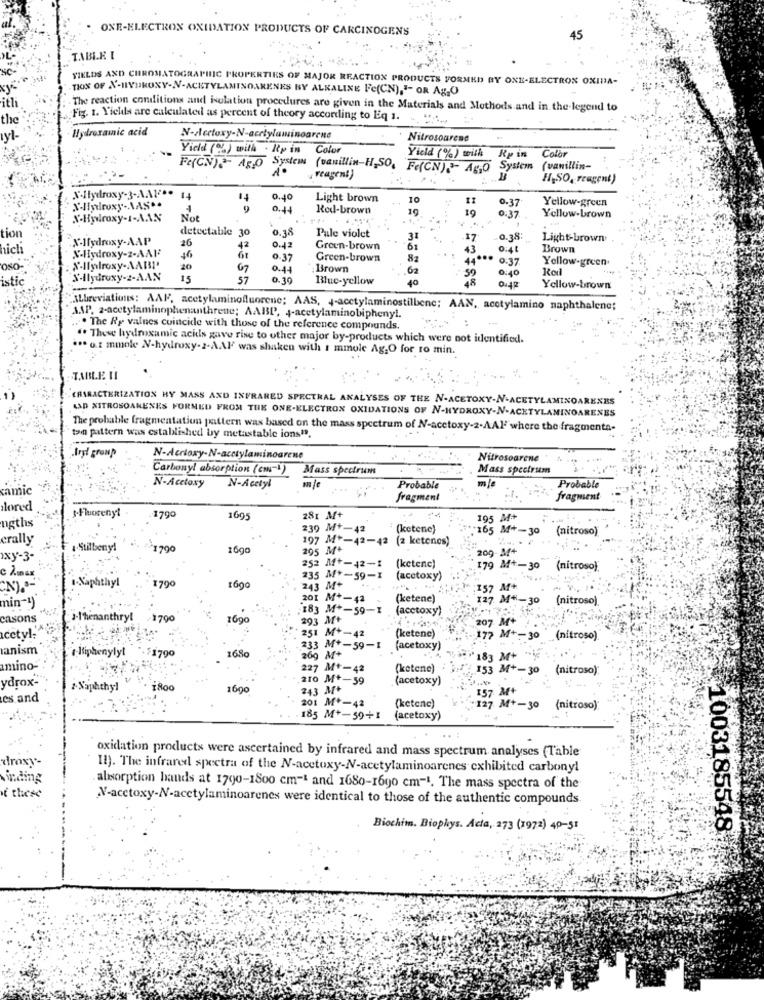
ONE-ELECTRON OXIDATION PRODUCTS OF CARCINOGENS
45
TABLE I
FIELDS AND CHROMATOGRAPHIC PROPERTIES OF MAJOR REACTION PRODUCTS FORMED BY ONE-ELECTRON OXIDA-
TION OF N'-HYDROXY-N-ACETYLAMINOARENES BY ALKALINE Fe(CN),"- OR Ag,O
itli
The reaction conditions and isolation procedures are given in the Materials and Methods and in the legend to
the
Fig. 1. Yields are calculated as percent of theory according to Eq 1. ... ..
Hydroxamic acid
N-dectoxy-N-acetylawinogrene
Nitrosourene
Yicid (92) with . Rp in
Color
Color
System
Yield (%) with
Re is
Fe(CN).2- 45,0
(vanillin-H,SO, Fe(CN)."- Ago
System
(vanillin-
reagent)
H.SO, Frageni)
14
14
0.40
Light brown
0.37
Yellow-green
9
0.44
Red-brown
19
X-Hydroxy-1-AAN
Not
0:37
Yellow-brown
tion
detectable 30
0.38
Pale violet
X-Hydroxy-AAP
26
31
17
.0.38:
Light-brown
hich
X-Hydroxy-2-AAR?
42
0.42
Green-brown
61
43
0:4L
Brown
46
0.37
Green-brown
81
44
0:37
Yellow-green.
oso-
20
0.11
Brown
62
59
0:40
istic
X-Ilydroxy-2-AAN
15
57
0.30
Blue-yellow
40
48
zFrO
Yellow-brown
ALbreviations: AAF, acetylaminofluorene; AAS, J-acetylaminostilbene; AAN, acetylamino naphthalene;
AAP, 2-acetylaminophenanthrene; AABD', 4-acetylaminobipheny !.
.. The Ry values coincide with those of the reference compounds.
. These hydroxamic ackls gave rise to other major by-products which were not identified.
... o.t mmole N-hydroxy-2-AAF was shaken with 1 mmole Ag.O for ro min.
TABLE II
CHARACTERIZATION HY MASS AND INFRARED SPECTRAL ANALYSES OF THE N-ACETOXY-N-ACET
MIXOARENES
ASD XITROSOARENES FORMED FROM THE ONE-ELECTRON OXIDATIONS OF N-HYDROXY-N-ACETYLAMINOARENES
The probable fragmentation pattern was based on the mass spectrum of N-acetoxy-2-AAIF where the fragmenta-
tan pattern was established by metastable ions".
.Aryl group
N-Acclaxy-N-acetylaminogrene
Nitrosoarene
Carbonyl absorption (cm-1) Mass spectrum
Mass spectrum
N-Acetyl
samic
N-Acetoxy
Probable
Probable
fragment
fragment
dlored
..
1790
1695
281 M+
195 M
ngths
239 M+-42
(ketene)
165 M+
-30 (nitroso)
erally
197 M+-42-42 (2 ketenes)
Stilbeny!
1700
26g
205 M+
209-M+
oxy-3-
252 M+-42-1
(ketenc)
9 M+-30 (nitroso).
i.Naphthyl
1790
235 M *- 59-1
(acetoxy)
243 M+
157
M+
201 M+-42
(ketene)
127 M"-30 (nitroso)
min-1)
.183 M+-59-1
(acctoxy)
casons
aryl
/1790
1690
293 M+
207 M+
acetyl:
251 M+-42
(ketene)
M+-30
.. (nitroso)
anism
·$1790
1680
233 M *- 59-1
(acetoxy)
henyly
M+
183 M+
amino-
7 M+-42
(ketene)
153 M+-30
(nitroso):
210 M+-59
(acetoxy)
ydrax-
phthyl
800
1600
243 M+
157 M+
es and
201 M *- 42
(ketenc)
127 M+-30 (nitroso)
185 M+-59+1
(acetoxy)
oxidation products were ascertained by infrared and mass spectrum analyses (Table
droxy-
Il). The infrared spectra of the N-acetoxy-N-acetylaminoarenes exhibited carbonyl
vinding
absorption bands at 1790-1800 cm-1 and 1680-1690 cm-1. The mass spectra of the
ť these
X-acctoxy-N-acetylaminoarenes were identical to those of the authentic compounds
Biochim. Biophys. Acta, 273 (1972) 40-51
1003185548